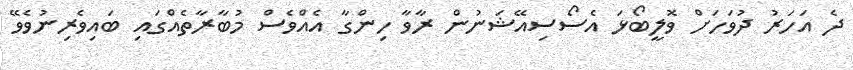
ދެ އަހަރު ދުވަހަށް ވޮލީބޯޅަ އެސޯސިއޭޝަނުން ރާވާ ހިންގާ އެއްވެސް މުބާރާތެއްގައި ބައިވެރިނުވެވޭ